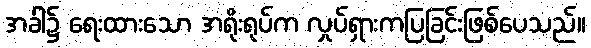
အခါ၌ ရေးထားသော အရိုးရုပ်က လှုပ်ရှားကပြခြင်းဖြစ်ပေသည်။